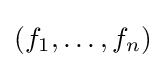
(f_{1},\dots ,f_{n})